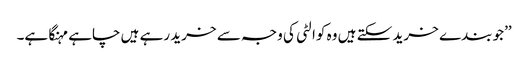
’’جو بندے خرید سکتے ہیں وہ کوالٹی کی وجہ سے خرید رہے ہیں چاہے مہنگا ہے۔